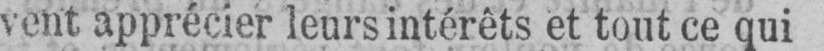
vent apprécier leurs intérêts et tout ce qui